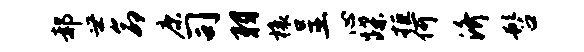
郝世命康司羽榱呈心蹀拒何济髫